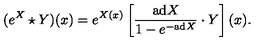
( e ^ { X } \star Y ) ( x ) = e ^ { X ( x ) } \left[ { \frac { \mathrm { a d } X } { 1 - e ^ { - \mathrm { a d } X } } } \cdot Y \right] ( x ) .